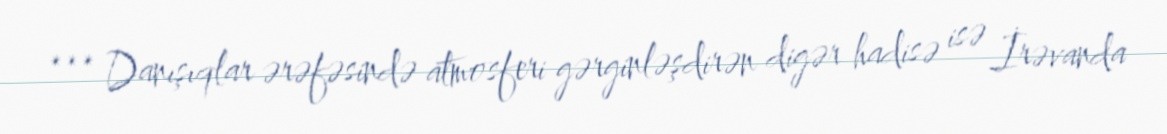
*** Danışıqlar ərəfəsində atmosferi gərginləşdirən digər hadisə isə İrəvanda